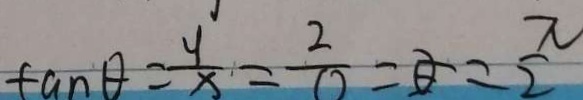
\tan \theta = \frac { y } { x } = \frac { 2 } { 0 } = \theta = \frac { \pi } { 2 }